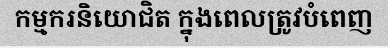
កម្មករនិយោជិត ក្នុងពេលត្រូវបំពេញ